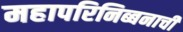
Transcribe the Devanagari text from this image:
महापरिनिब्बनाची